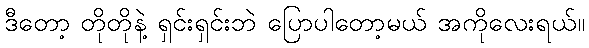
ဒီတော့ တိုတိုနဲ့ ရှင်းရှင်းဘဲ ပြောပါတော့မယ် အကိုလေးရယ်။